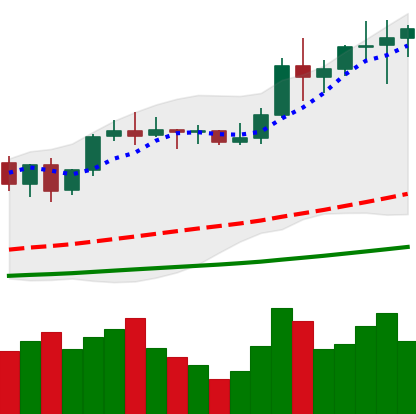
Ticker: LTC-USD
Chart end date: 2021-01-09
Forward return: -14.311%
Label: down_7plus